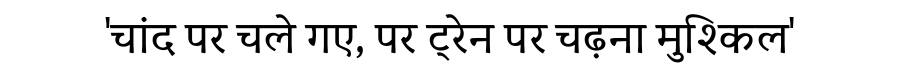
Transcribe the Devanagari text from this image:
'चांद पर चले गए, पर ट्रेन पर चढ़ना मुश्किल'